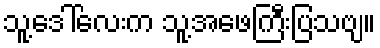
သူ့ဒေါ်လေးက သူ့အဖေကြီးပြသဗျ။